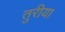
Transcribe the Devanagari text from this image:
तुरीय।